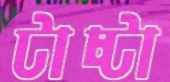
টাচ্টা